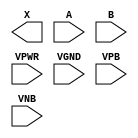
module sky130_fd_sc_hdll__xor2 (
    X   ,
    A   ,
    B   ,
    VPWR,
    VGND,
    VPB ,
    VNB
);

    output X   ;
    input  A   ;
    input  B   ;
    input  VPWR;
    input  VGND;
    input  VPB ;
    input  VNB ;
endmodule